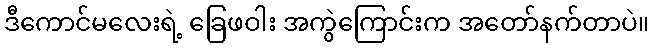
ဒီကောင်မလေးရဲ့ ခြေဖဝါး အကွဲကြောင်းက အတော်နက်တာပဲ။